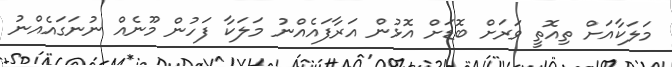
މަލަކާއަށް ތިއޮތީ ވަރަށް ބޮޑަށް އޮޅުން އަރާފައެއްނު މަލަކާ ފަހުން މޫނެއް ނުނަގައެއްނު